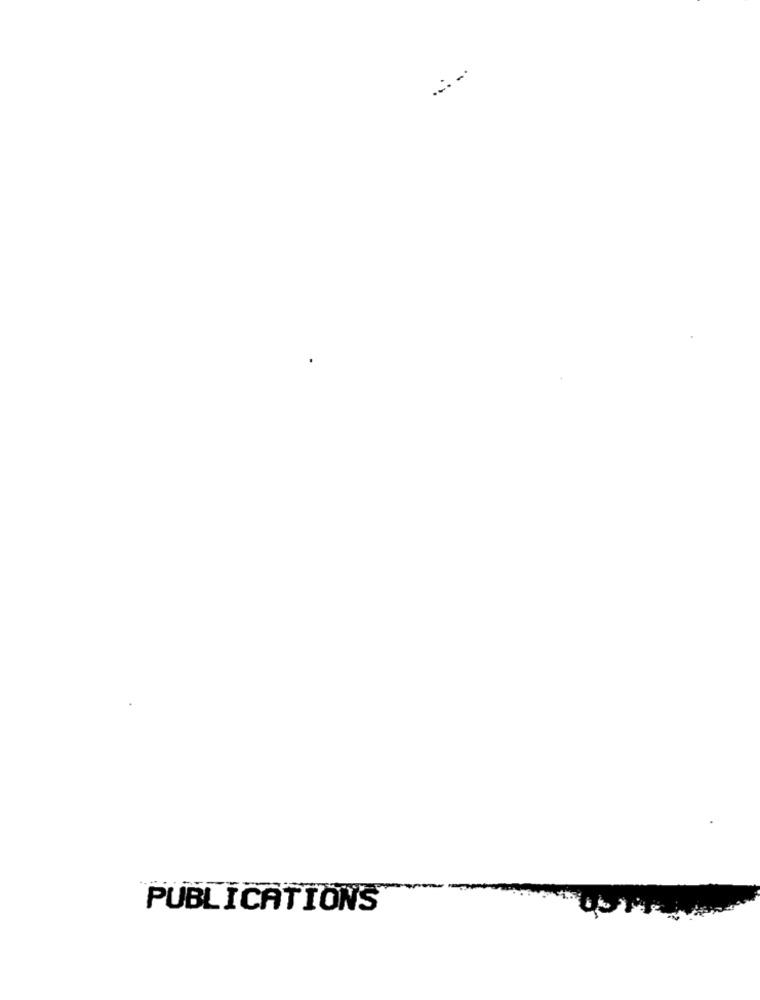
PUBLICATIONS